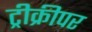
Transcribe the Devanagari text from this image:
ट्रीक्रीपर